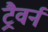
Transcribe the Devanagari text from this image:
ट्रैवर्न